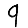
Digit: 9